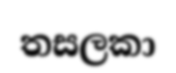
තසලකා